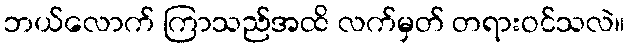
ဘယ်လောက် ကြာသည်အထိ လက်မှတ် တရားဝင်သလဲ။